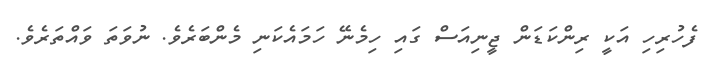
ފެހުރިހި އަކީ ރިންކަޑަން ޖީނިއަސް ގައި ހިމެނޭ ހަމައެކަނި މެންބަރެވެ. ނުވަތަ ވައްތަރެވެ.